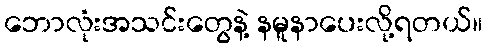
ဘောလုံးအသင်းတွေနဲ့ နမူနာပေးလို့ရတယ်။